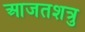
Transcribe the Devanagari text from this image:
आजतशत्रु